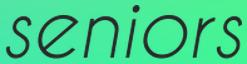
seniors